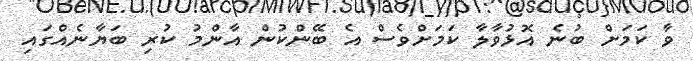
ވާ ކަމަށް ބުނެ އޮޅުވާލާ ކަމަށްވެސް އެ ބޭންކުން އާންމު ކުރި ބަޔާނެއްގައި